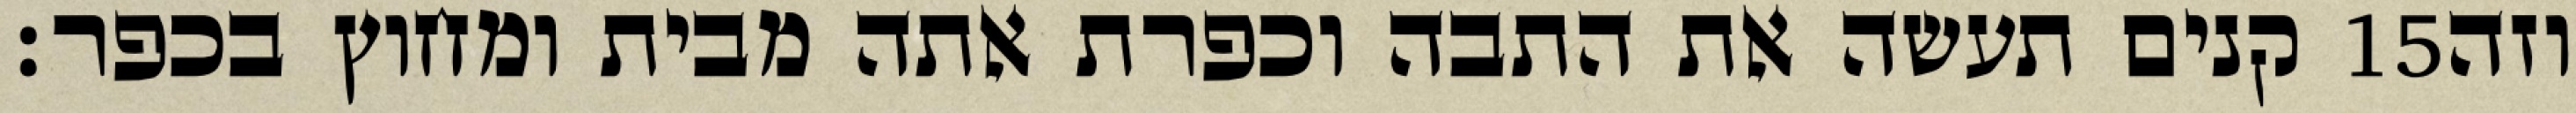
קנים תעשה את התבה וכפרת אתה מבית ומחוץ בכפר׃ ‎15‏ וזה